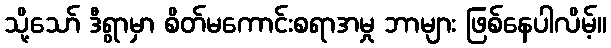
သို့သော် ဒီရွာမှာ စိတ်မကောင်းစရာအမှု ဘာများ ဖြစ်နေပါလိမ့်။